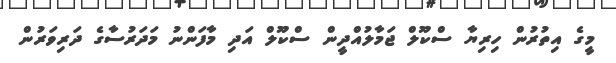
މީގެ އިތުރުން ހިރިޔާ ސްކޫލް ޖަމާލުއްދީން ސްކޫލް އަދި މާފަންނު މަދަރުސާގެ ދަރިވަރުން